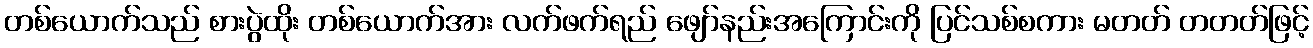
တစ်ယောက်သည် စားပွဲထိုး တစ်ယောက်အား လက်ဖက်ရည် ဖျော်နည်းအကြောင်းကို ပြင်သစ်စကား မတတ် တတတ်ဖြင့်